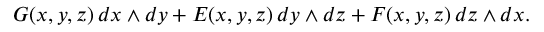
G ( x , y , z ) \, d x \wedge d y + E ( x , y , z ) \, d y \wedge d z + F ( x , y , z ) \, d z \wedge d x .